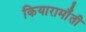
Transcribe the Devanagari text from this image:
कियारामॉँती